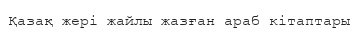
Қазақ жері жайлы жазған араб кітаптары